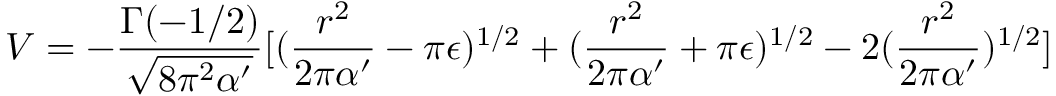
V = - \frac { \Gamma ( - 1 / 2 ) } { \sqrt { 8 \pi ^ { 2 } \alpha ^ { \prime } } } [ ( \frac { r ^ { 2 } } { 2 \pi \alpha ^ { \prime } } - \pi \epsilon ) ^ { 1 / 2 } + ( \frac { r ^ { 2 } } { 2 \pi \alpha ^ { \prime } } + \pi \epsilon ) ^ { 1 / 2 } - 2 ( \frac { r ^ { 2 } } { 2 \pi \alpha ^ { \prime } } ) ^ { 1 / 2 } ]